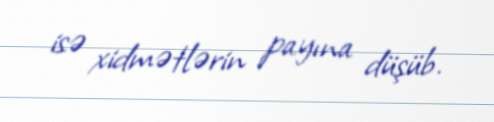
isə xidmətlərin payına düşüb.